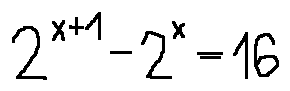
2 ^ { x + 1 } - 2 ^ { x } = 1 6